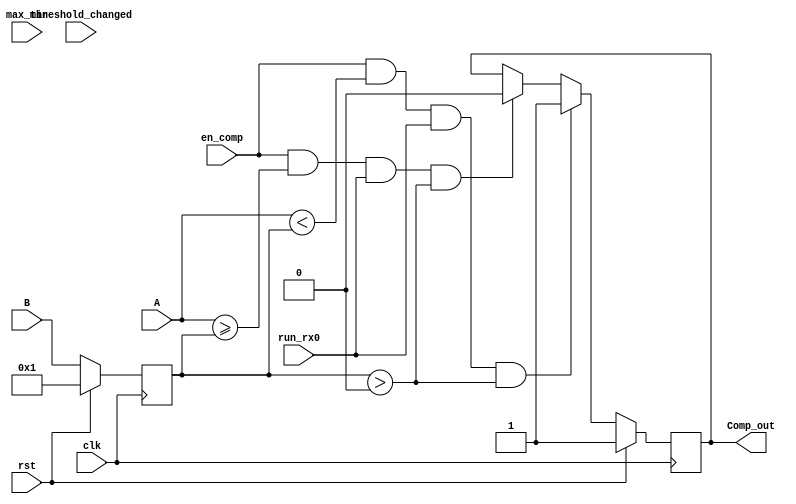
`timescale 1ns / 1ps
//////////////////////////////////////////////////////////////////////////////////
// Company: Trinity College, Virgina Tech
// 
// Design Name: 
// Module Name:    comparator_component 
// Project Name: 
// Target Devices: 
// Tool versions: 
// Description: 
//
// Dependencies: 
//
// Revision: 
// Revision 0.01 - File Created
// Additional Comments: 
//
//////////////////////////////////////////////////////////////////////////////////
module comparator_component(
     A,
	  B,
	  en_comp,
	  Comp_out,
	  rst,
	  clk	,
	  run_rx0 ,
	  threshold_changed,
	  max_min
	  //present_nextcount
    );

input [31:0] A;
input [31:0] B;

reg Comp;
input en_comp;
output wire Comp_out;
input rst;
input clk;
input run_rx0; 
input threshold_changed;
input max_min;
//input [31:0] present_nextcount;

//not sure if i need this
reg [31:0] B_out;
always @ (posedge clk) begin
if(rst) B_out <= 16'b1;
else B_out <= B;
end

//might need to be worked on due to fluctation of comp_out signal = present_next signal!
always @ (posedge clk) begin
if(rst) Comp <= 1; //initially, do not transmit
else begin	
	if ((en_comp & (A >= B_out)) & run_rx0  & B_out>32'b0 )	Comp <= 1'b0; //threshold is higher than B_out, then transmit
	//else if (en_comp & present_nextcountLOW >0 & B_out > 0) Comp <= 1'b0;
	//else if ((en_comp & present_nextcount == 0 & B_out == 0 )) Comp <= 1'b0; //detect decrease and error in I and Q then keep low
	if((en_comp & (A < B_out) ) & run_rx0 & B_out>32'b0) Comp <= 1'b1; //threshold is lower than B_out, then dont transmit
	//else if  (en_comp & present_nextcountHIGH > 0 & B_out >0) Comp <= 1'b1;
	//else if ((en_comp & present_nextcount > 0 & B_out == 0 )) Comp <=  1'b1; //detect increase and error in I and Q then keep high
end

end

assign Comp_out = Comp;

endmodule